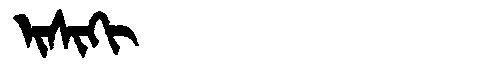
Manchu: ᡳᠰᡳᡴᡳ
Romanization: ISIKI